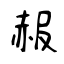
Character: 赧